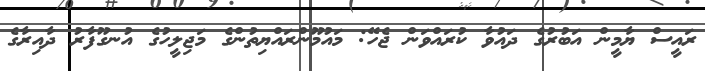
ރައީސް ޔާމީން އަބުރުގެ ދައުވާ ކުރައްވަން ޖެހޭ: މައުމޫންރައްޔިތުންގެ މަޖިލީހުގެ އުނގޫފާރު ދާއިރާގެ